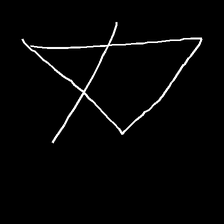
Glyph: empower